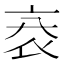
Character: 𧘙